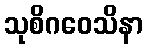
သုစိဂဝေသိနာ